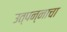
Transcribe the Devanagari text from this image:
उत्पन्‍नाचा